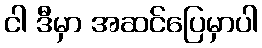
ငါ ဒီမှာ အဆင်ပြေမှာပါ